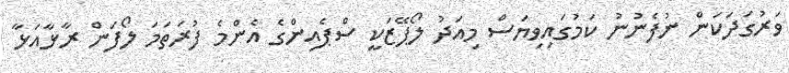
ވަރުގަދަކަން ނުފެނުނު ކަމުގައިވިޔަސް މިއަދު ލޯޕޭޒަކީ ސްޕެއިންގެ އެންމެ ފުރަތަމަ ލޯފަން ރާޅާއަޅާ